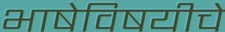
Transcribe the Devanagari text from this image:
भाषेविषयीचे